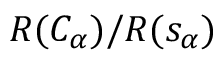
R ( C _ { \alpha } ) / R ( s _ { \alpha } )